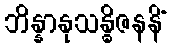
ဘိန္နာနုသန္ဓိဇနနိံ